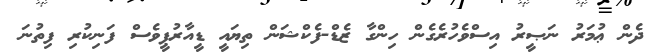
ދެން ޢުމަރު ނަޞީރު އިސްވެހުރެގެން ހިންގާ ޒެޑް-ފެކްޝަން ތިޔައީ ޑީއާރުޕީވެސް ފަނިކުރި ފިތުނަ